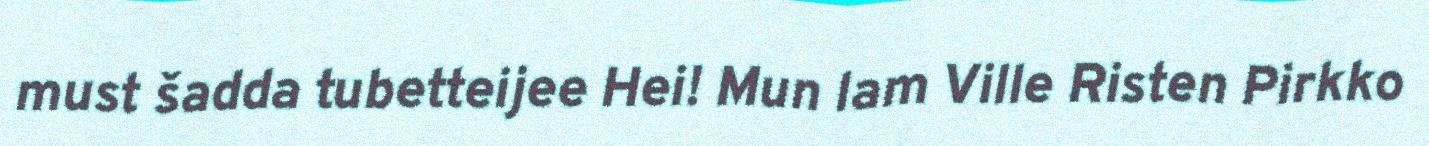
must šadda tubetteijee Hei! Mun lam Ville Risten Pirkko